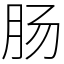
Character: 肠